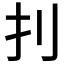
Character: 𠚶